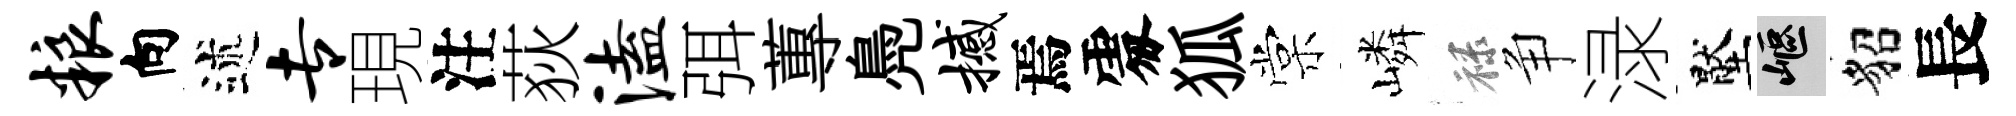
粮向述专現注荻溘弭蓴鳧撼焉𠁅狐棠嶙禄争渌壓嶇貂長